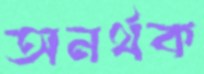
অনর্থক